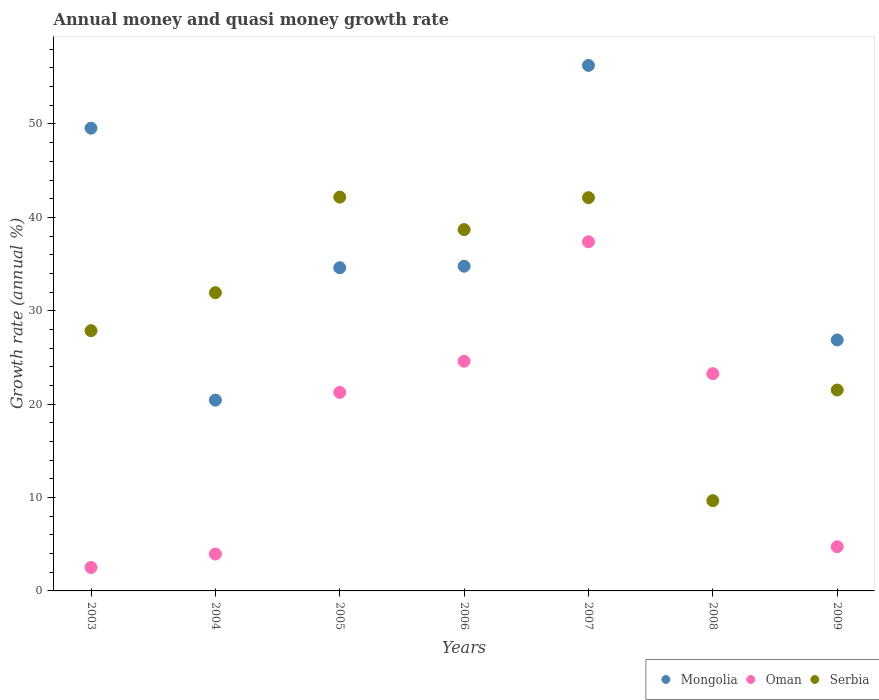
| Years | Mongolia | Oman | Serbia |
 | --- | --- | --- | --- |
 | 2003 | 49.6 | 2.51 | 27.9 |
 | 2004 | 20.4 | 3.95 | 31.9 |
 | 2005 | 34.6 | 21.3 | 42.2 |
 | 2006 | 34.8 | 24.6 | 38.7 |
 | 2007 | 56.3 | 37.4 | 42.1 |
 | 2008 | -5.47 | 23.3 | 9.67 |
 | 2009 | 26.9 | 4.73 | 21.5 |